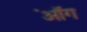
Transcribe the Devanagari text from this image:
ऑंग